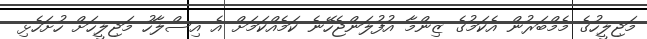
މަޖިލީހުގެ މެމްބަރުން އެކަމުގެ ޒިންމާ އުފުލަންޖެހޭނެ ކަމެއްކަމަށް އެ އިސްލާހު މަޖިލީހަށް ހުށަހެޅި